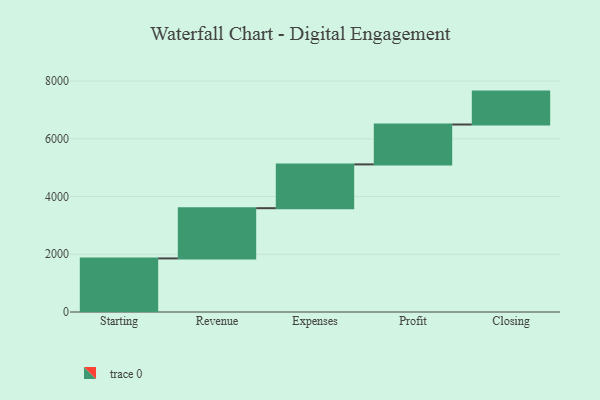
{"axis": {"x": "Step", "y": "Value"}, "legend": [""], "data": [{"x": "Starting", "y": 1856.0, "type": ""}, {"x": "Revenue", "y": 1740.0, "type": ""}, {"x": "Expenses", "y": 1517.0, "type": ""}, {"x": "Profit", "y": 1382.0, "type": ""}, {"x": "Closing", "y": 1140.0, "type": ""}]}